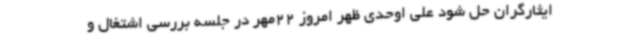
ایثارگران حل شود علی اوحدی ظهر امروز 22مهر در جلسه بررسی اشتغال و